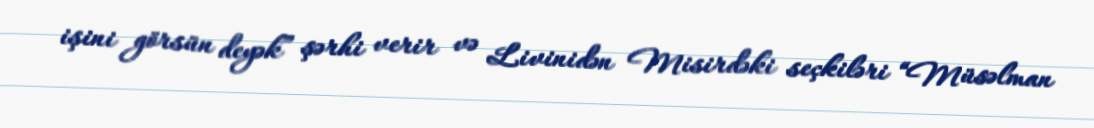
işini görsün deyək” şərhi verir və Livinidən Misirdəki seçkiləri “Müsəlman